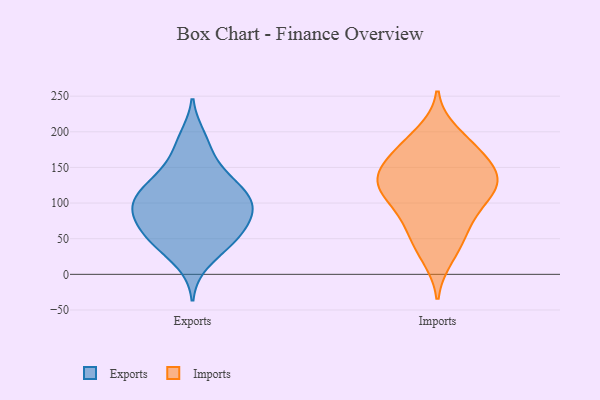
{"axis": {"x": "Population (Million)", "y": "Value"}, "legend": ["Exports", "Imports"], "data": [{"x": "", "y": 63, "type": "Exports"}, {"x": "", "y": 130, "type": "Exports"}, {"x": "", "y": 180, "type": "Exports"}, {"x": "", "y": 82, "type": "Exports"}, {"x": "", "y": 107, "type": "Exports"}, {"x": "", "y": 45, "type": "Exports"}, {"x": "", "y": 138, "type": "Exports"}, {"x": "", "y": 103, "type": "Exports"}, {"x": "", "y": 92, "type": "Exports"}, {"x": "", "y": 149, "type": "Exports"}, {"x": "", "y": 192, "type": "Exports"}, {"x": "", "y": 17, "type": "Exports"}, {"x": "", "y": 48, "type": "Exports"}, {"x": "", "y": 116, "type": "Exports"}, {"x": "", "y": 96, "type": "Exports"}, {"x": "", "y": 44, "type": "Exports"}, {"x": "", "y": 85, "type": "Exports"}, {"x": "", "y": 114, "type": "Exports"}, {"x": "", "y": 79, "type": "Exports"}, {"x": "", "y": 53, "type": "Exports"}, {"x": "", "y": 182, "type": "Imports"}, {"x": "", "y": 157, "type": "Imports"}, {"x": "", "y": 175, "type": "Imports"}, {"x": "", "y": 136, "type": "Imports"}, {"x": "", "y": 132, "type": "Imports"}, {"x": "", "y": 127, "type": "Imports"}, {"x": "", "y": 24, "type": "Imports"}, {"x": "", "y": 138, "type": "Imports"}, {"x": "", "y": 115, "type": "Imports"}, {"x": "", "y": 39, "type": "Imports"}, {"x": "", "y": 169, "type": "Imports"}, {"x": "", "y": 134, "type": "Imports"}, {"x": "", "y": 198, "type": "Imports"}, {"x": "", "y": 115, "type": "Imports"}, {"x": "", "y": 66, "type": "Imports"}, {"x": "", "y": 87, "type": "Imports"}, {"x": "", "y": 64, "type": "Imports"}, {"x": "", "y": 100, "type": "Imports"}]}